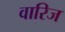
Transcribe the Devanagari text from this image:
वारिज